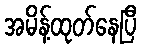
အမိန့်ထုတ်နေပြီ